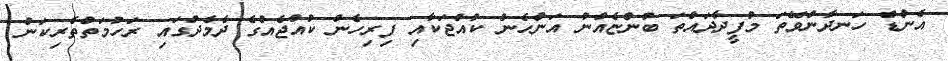
އެންޑް ހަނދާންވޭތަ މުފީދާދައްތަ ބުންޏެއްނު އަންހެން ކުއްޖަކާއި ފިރިހެން ކުއްޖެއްގެ ދެމެދުގައި ރަހުމަތްތެރިކަން